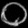
Digit: ၀